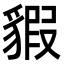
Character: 貑